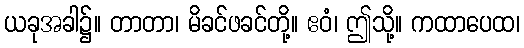
ယခုအခါ၌။ တာတာ၊ မိခင်ဖခင်တို့။ ဧဝံ၊ ဤသို့။ ကထာပေထ၊